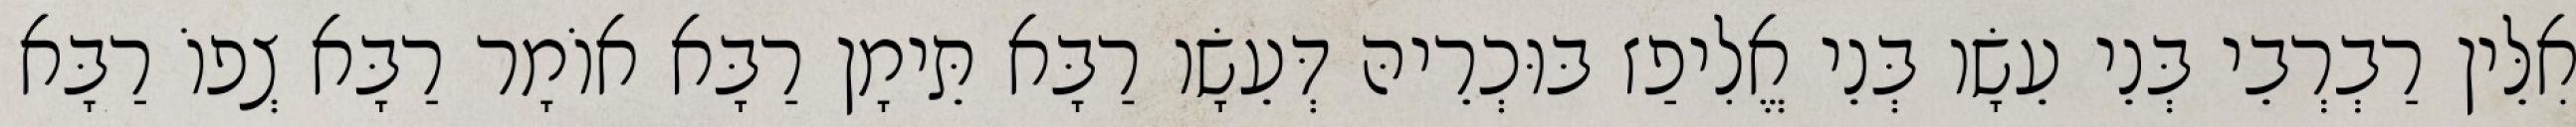
אִלֵּין רַבְרְבֵי בְּנֵי עֵשָׂו בְּנֵי אֱלִיפַז בּוּכְרֵיהּ דְּעֵשָׂו רַבָּא תֵּימָן רַבָּא אוֹמָר רַבָּא צְפוֹ רַבָּא